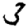
Digit: 3